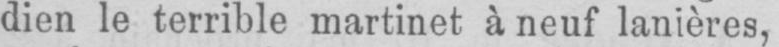
dien le terrible martinet à neuf lanières,